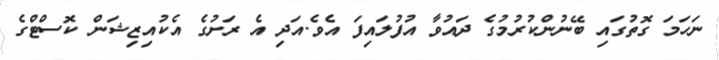
ނަހަމަ ގޮތުގައި ބޭނުންކުރުމުގެ ދައުވާ އުފުލައިފަ އެވެ.އަދި އެ ރަށުގެ އެކުއިޒިޝަން ކޮސްޓްގެ